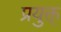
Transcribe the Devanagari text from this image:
प्रयुक्त्